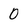
Character: 0